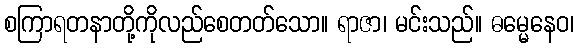
စကြာရတနာတို့ကိုလည်စေတတ်သော။ ရာဇာ၊ မင်းသည်။ ဓမ္မေနေဝ၊